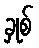
ခှုစ်